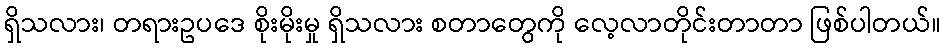
ရှိသလား၊ တရားဥပဒေ စိုးမိုးမှု ရှိသလား စတာတွေကို လေ့လာတိုင်းတာတာ ဖြစ်ပါတယ်။